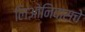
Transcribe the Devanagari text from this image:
लिओनिदासचे